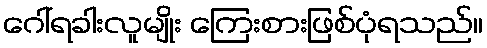
ဂေါ်ရခါးလူမျိုး ကြေးစားဖြစ်ပုံရသည်။